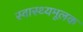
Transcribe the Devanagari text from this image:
स्वास्थ्यमूलक